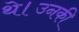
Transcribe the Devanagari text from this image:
थे।उनकी